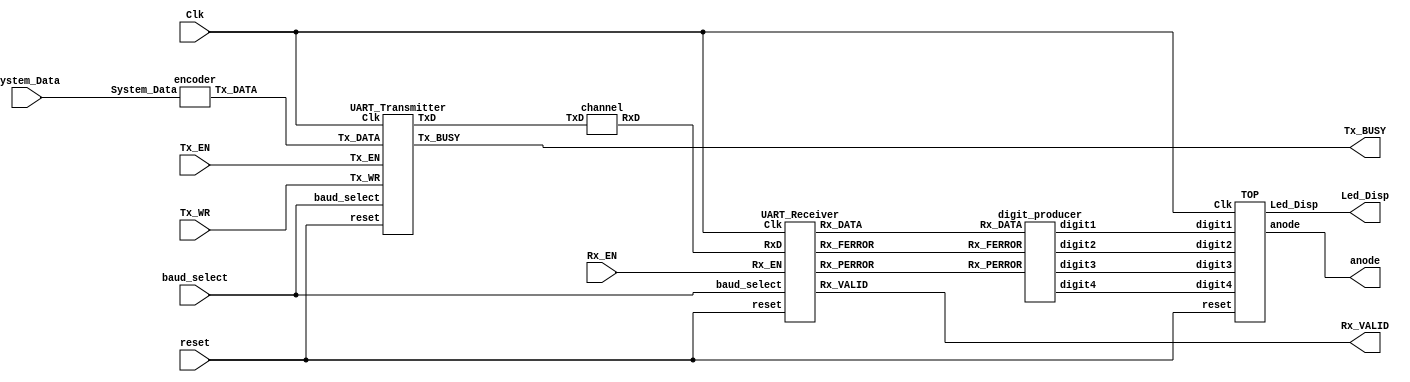
`timescale 1ns/1ps

module UART_Segment7(
    input Clk,
    input reset,
    input [2:0] baud_select,
    
  	//transmitter side
  	input Tx_WR,
  	input Tx_EN,
  	input [7:0] System_Data,
  
  	//Receiver side
  	input Rx_EN,
  
    //transmitter side
    output wire Tx_BUSY,
  
    //Receiver side

    output wire Rx_VALID,
    
  
  //7 Segment Display side
  
  output wire [6:0] Led_Disp,
  output wire [3:0] anode

);
  
  
  wire Rx_FERROR;
  wire Rx_PERROR;
  wire [7:0] Rx_DATA;
  wire [3:0] digit1;
  wire [3:0] digit2;
  wire [3:0] digit3;
  wire [3:0] digit4;
  
  wire TxD;
  wire RxD;
  
  wire [7:0] Tx_DATA;
  
  encoder encoder_instance(System_Data , Tx_DATA);
  
  digit_producer digit_producer_instance(Rx_DATA, Rx_FERROR, Rx_PERROR, digit1 , digit2, digit3, digit4);
  
  TOP TOP_instance(digit1, digit2, digit3, digit4, Clk, reset, Led_Disp, anode);
  
  channel channel_instance(TxD, RxD);
  
  UART_Transmitter UART_Transmitter_Instance(Clk, reset, Tx_WR, Tx_EN, Tx_DATA,
                                             baud_select, Tx_BUSY, TxD);
  
  
  
  UART_Receiver tb_uart_receiver_instance(RxD, Rx_EN, baud_select, Clk, reset,
                                         Rx_PERROR, Rx_FERROR,Rx_VALID,Rx_DATA);
  
endmodule





module channel(
  input TxD,
  output reg RxD  = 1
);
  
  
  always @(TxD)
    begin
      RxD <= TxD;
      
    end
  
endmodule



module parity_generator(
  input [7:0] Data ,
  output reg parity_bit = 0
);
  integer i;
  integer ones;
  // When Number of data equal to 1 is odd, parity_bit = 1
  always@(Data)
    begin
      ones = 0; // Keeps track of number of 1s in Data
      for(i=0; i<8; i = i+1)
        begin
          if (Data[i] == 1)
      ones = ones + 1;
        end
     
     
      if(ones % 2 == 1)
        begin
    parity_bit<=1;
        end
   else begin
    parity_bit<=0;
      end
    end
endmodule



module encoder(
  input [7:0] System_Data,
  output reg [7:0] Tx_DATA = 8'bzzzzzzzz
);
  
  reg [3:0] crypt1 = 4'bzzzz;
  reg [3:0] crypt2 = 4'bzzzz;
  reg [7:0] crypt_packet = 8'bzzzzzzzz;
  integer i = 0;
  
  always @(System_Data)
  	begin
      
      for(i = 0; i < 4; i = i + 1)
        begin
          crypt1[i] = System_Data[i];
          crypt2[i] = System_Data[i+4];
        end
      
       crypt1 = crypt1 + 3;
       crypt2 = crypt2 + 3;
      
         for(i = 0; i < 4; i = i + 1)
        	begin
         	 crypt_packet[i] = crypt1[i];
             crypt_packet[i + 4] = crypt2[i];
        end
      
      Tx_DATA = crypt_packet;
    
  end
    
    
endmodule




module Rx_baud_rate_generator(
  input Clk, //50MHz
  input reset,
  input [2:0] baud_select,
  output reg RX_sample_ENABLE = 0
);

integer counter = 0;
integer baud_rate = 0;
integer max_counter = 0;
  
  
  always @ (baud_select)
    begin 
      case (baud_select)
        3'b000 : baud_rate = 300; 
        3'b001 : baud_rate = 1200;
        3'b010 : baud_rate = 4800;
        3'b011 : baud_rate = 9600;
        3'b100 : baud_rate = 19200; 
        3'b101 : baud_rate = 38400;
        3'b110 : baud_rate = 57600;
        3'b111 : baud_rate = 115200;
        default : baud_rate = 0;
      endcase
    end

  
  
  
  always @ (baud_rate)
    begin
      case (baud_rate)
        //(Tsc = 1/16*baud_rate)
        300    : max_counter = 10416; // 166666/16 rounded down
    
        1200   : max_counter = 2604; //41666/16 rounded down
        
        4800   : max_counter = 651; //10416/16 rounded down
  
        9600   : max_counter = 325; //5208/16 rounded down
      
        19200  : max_counter = 162; //2604/16 rounded down
       
        38400  : max_counter = 81; //1302/16 rounded down
      
        57600  : max_counter = 54; // 828/16 rounded down
        
        115200 : max_counter = 27; // 434/16 rounded down
      
        default : max_counter = 0;
      endcase
    end
  
  
  
  
  always @(posedge Clk or negedge reset)
      begin 
        if (reset == 0)
          begin
            counter <= 0;
            RX_sample_ENABLE <= 0;
          end
        else if (counter == max_counter - 1)
          begin
            RX_sample_ENABLE <= 1;
            counter <= 0;
          end
        else if (counter == 0)
          begin
            RX_sample_ENABLE <= 0;
            counter <= counter + 1;
          end
        else
          counter <= counter + 1;
      end
  
  
  
  
  
  endmodule







module Rx_data_extraction(
  
  input [10:0] packet,
  input packet_completion,
  
  output reg original_parity_bit = 0, //The parity bit which was calculated during the transmission.
  output reg [7:0] Data = 0
  
);
  
  integer i = 0;
  always @ (posedge packet_completion) 
    begin
        original_parity_bit <= packet[9];
        for(i = 0 ; i<8 ; i = i + 1)
           begin
             Data[i] = packet[i + 1]; // Data extraction.
           end      
    end
endmodule



module Rx_data_reception(
  input RxD,
  input Rx_EN,
  input RX_sample_ENABLE,
  output reg [10:0] packet = 11'bzzzzzzzzzzz,
  output reg start_bit_sync = 0,
  
  output reg packet_completion = 0 //Updates to 1 when packet is ready.
);
  integer duration_counter = 0; // Duration of the packet transfer.
  
  integer iteration = 0; //Runs through the packet Array.
  integer sync_counter = 1; //Used to check sampling synchronization
  
  
  integer ones = 0;
  integer zeroes = 0;

      always @(posedge RX_sample_ENABLE)
        begin    
                  
          if(RxD != 1 || duration_counter != 0) // Sampling on the arrival of packet
            begin
              
               if(sync_counter == 1)
                begin
                  zeroes = 0;
                  ones = 0;
                end            

              if(RxD == 1) // Responsible for noise tracking.
               begin 
                ones = ones + 1;
               end
              else
                begin
                  zeroes = zeroes + 1;
                end
              

              if (sync_counter == 16) //8
               begin
                 if(zeroes > ones) // Checking the real value of RxD, despite noise.
                   begin
                     packet[iteration] <= 0;
                   end
                 else
                   begin
                     packet[iteration] <= 1;
                   end
                  iteration = iteration + 1;
                  sync_counter = 0; // Sampling will continue after 16 cycles.
               end



             if (iteration == 11)
              begin
                packet_completion = 1; //Packet has been formed!
                iteration = 0;
                packet_completion = 0;
              end


              if(duration_counter == 16 && RxD ==0) 
                // Ensures that start_bit has arrived!
                begin
                  if (zeroes + ones +15 == duration_counter)
                    // No framing error.
                    begin
                		start_bit_sync <= 1;
                      // At the 8th Rx_sample_Enable beat, the start bit and then 	the whole packet gets sampled.
                    end
                end

              if(duration_counter == 176) 
                // Duration counter will count until the 16th Rx_sample_ENABLE beat  of the 11th bit, which indicates the end of the packet. 
                begin
                  duration_counter = 0;

                  // Resets, in order to start counting for the next packet.

                  start_bit_sync = 0 ;
                  // Resets to zero until the next packet comes. 
                  
                  zeroes = 0; //Reset value for the arrival of the next packet.
                  ones = 0;
                end


              sync_counter = sync_counter +1;
              duration_counter = duration_counter + 1;
            end
        end
   
    
endmodule





module Rx_framing_control(
	input start_bit_sync,
  	output reg Rx_FERROR = 0
);
  
  always @(start_bit_sync)
    begin
      if(start_bit_sync == 1)
        begin
          Rx_FERROR <= 0; // Synchronization is successful.
        end
    end
  
endmodule




module Rx_parity_comparison(
  input original_parity_bit,
  input parity_bit,
  output reg Rx_PERROR = 0
);
  
  always @ (original_parity_bit or parity_bit)
  begin
    if (original_parity_bit == parity_bit)
    begin
      Rx_PERROR <= 0; // No error.
    end
    
    else Rx_PERROR <=1; // Something went wrong
  end
    
  
endmodule




module Rx_validation_control(
  input Rx_FERROR,
  input Rx_PERROR,
  input [7:0] Data,
  output reg [7:0] Rx_DATA = 8'bzzzzzzzz,
  output reg Rx_VALID = 0 
);
  
  
  always @(Data)
    begin
      if(Rx_FERROR == 0 && Rx_PERROR == 0 && Data!=0)
        begin
          Rx_DATA = Data;
          Rx_VALID = 1;
          #20 Rx_VALID = 0;
        end
      
      else
        begin
          Rx_VALID = 0;
        end
    end
  
endmodule


module Tx_baud_rate_generator(
  input Clk, //50MHz
  input reset,
  input [2:0] baud_select,
  output reg TX_sample_ENABLE = 0
);

integer counter = 0;

always @ (posedge Clk or negedge reset)
    begin
      TX_sample_ENABLE <= 0;
     
      if (!reset)
        counter = 0 ;
     
      else
        begin
        case (baud_select)    
          3'b000:
            if (counter == 166666)
              begin
                  TX_sample_ENABLE <= 1;
                  counter = 0;
              end
            else begin
              counter = counter + 1;
            end

          3'b001:
            if (counter == 41666)
              begin
                TX_sample_ENABLE <= 1;
                counter = 0;
              end
            else begin
              counter = counter + 1;
            end
          3'b010:
            if (counter == 10416)
              begin
                TX_sample_ENABLE <= 1;
                counter = 0;
              end
            else begin
              counter = counter + 1;
            end

          3'b011:
            if (counter == 5208)
              begin
                TX_sample_ENABLE <= 1;
                counter <= 0;
              end
            else begin
              counter = counter + 1;
            end

          3'b100:
            if (counter == 2604)
              begin
                TX_sample_ENABLE <= 1;
                counter = 0;
              end
            else begin
              counter = counter + 1;
            end

            3'b101:
              if (counter == 1302)
                 begin
                TX_sample_ENABLE <= 1;
                  counter = 0;
                 end
              else begin
                counter = counter + 1;
              end

          3'b110:
            if (counter == 868)
              begin
                TX_sample_ENABLE <= 1;
                counter = 0;
              end
            else begin
              counter = counter + 1;
            end
         
          3'b111:
            if (counter == 434)
              begin
                TX_sample_ENABLE <= 1;
                counter = 0;
              end
            else begin
              counter = counter + 1;
            end
        endcase
        end
    end
 
 
  endmodule





module Tx_data_reception(
  input Tx_EN,
  input Tx_WR,
  input [7:0] Tx_DATA,
  output reg [7:0] Data = 0
);
 
 
  always@(Tx_WR)
    begin
      if (Tx_EN == 1 && Tx_WR == 1)
        begin
         Data <= Tx_DATA;
      end
    end
 
endmodule



module Tx_packet_creator(
  input parity_bit,
  input [7:0] Data,
  output reg [10:0] packet = 0
);
 
  integer i;
  always@(Data or parity_bit)
    begin
      packet = 0; // Fill the packet with zeroes
      packet[0] <= 0; // Start bit
     
      for(i=0; i<8 ; i=i+1)
        packet[i+1] <= Data[i]; // Insert data
     
      packet[9] = parity_bit; // Parity bit
      packet[10] = 1; // Stop bit

    end
 
endmodule




module Tx_transmission(
  input [10:0]packet,
  input TX_sample_ENABLE,
  output reg TxD = 1'bz,
  output reg Tx_BUSY = 0
);
 
  integer counter = 0;
  //integer counter = 10;
  always@(posedge TX_sample_ENABLE)
    begin
      if (packet != 0) // Packet has arrived
        begin
        if(TX_sample_ENABLE == 1)
          begin
          TxD <= packet[counter];
          end

          if(counter == 10)
          begin
          counter = 0;
          Tx_BUSY <= 0;
          end
           
        else
          begin
          counter = counter + 1;
          Tx_BUSY <= 1;
          end
        end
    end
endmodule




module UART_Receiver(
  input RxD,
  input Rx_EN,
  input [2:0] baud_select,
  input Clk,
  input reset,
  output wire Rx_PERROR,
  output wire Rx_FERROR, 
  output wire Rx_VALID,
  output wire [7:0] Rx_DATA
  
);
  
  wire Rx_Sample_ENABLE;
  wire [10:0] packet;
  wire start_bit_sync;
  wire original_parity_bit;
  wire [7:0] Data;
  wire parity_bit;
  
  wire packet_completion;
  
  Rx_baud_rate_generator Rx_baud_rate_generator_instance(Clk, reset, baud_select, Rx_Sample_ENABLE);
  
  Rx_data_reception Rx_data_reception_instance(RxD, Rx_EN, Rx_Sample_ENABLE, packet, start_bit_sync, packet_completion);
  
  Rx_data_extraction Rx_data_extraction_instance(packet,packet_completion, original_parity_bit, Data);
  
  parity_generator Rx_parity_generator_instance(Data, parity_bit);
  
  Rx_parity_comparison Rx_parity_comparison_instance(original_parity_bit, parity_bit, Rx_PERROR);
  
  Rx_framing_control Rx_framing_control_instance(start_bit_sync, Rx_FERROR);
  
  Rx_validation_control Rx_validation_control_instance(Rx_FERROR, Rx_PERROR, Data, Rx_DATA, Rx_VALID);
  
endmodule


module UART_Transmitter(
input Clk,
  input reset,
  input Tx_WR,
  input Tx_EN,
    input [7:0] Tx_DATA,
    input [2:0] baud_select,
output wire Tx_BUSY,
  output wire TxD
);
 
  wire [7:0] Data;
  wire parity_bit;
  wire [10:0] packet;
  wire Tx_Sample_ENABLE;
 
  Tx_baud_rate_generator Tx_baud_rate_generator_instance(Clk, reset, baud_select, Tx_Sample_ENABLE);
  Tx_data_reception Tx_data_reception_instance(Tx_EN, Tx_WR, Tx_DATA, Data);
  parity_generator Tx_parity_generator_instance(Data, parity_bit);
  Tx_packet_creator Tx_packet_creator_instance(parity_bit, Data, packet);
  Tx_transmission Tx_transmission_instance(packet, Tx_Sample_ENABLE, TxD, Tx_BUSY);
 
endmodule



// counter based
module clock_divider(
  input Clk , //50MHz
  input reset,
  output reg [3:0] anode,
  output reg [3:0] anode2
);
  

  reg [3:0 ]counter = 4'b1100;

  always @ (posedge Clk or negedge reset)
    begin 
      if (!reset)
        counter <= 4'b1100 ;
      else
        if (counter == 16)
          counter <= 0;
      else counter <= counter + 1;
    end
  
 
  always @ (counter)
    	begin
          case(counter)
          4'b0001 : anode = 4'b0111;  
          4'b0101 : anode = 4'b1011;
          4'b1001 : anode = 4'b1101;     
          4'b1101 : anode = 4'b1110; 
          
          default: anode = 4'b1111;
          endcase
          
        
          case(counter)
          4'b1111 : anode2 = 4'b0111;
          4'b0011 : anode2 = 4'b1011;
          4'b0111 : anode2 = 4'b1101;
          4'b1011 : anode2 = 4'b1110;
            
            
          default: anode2 = 4'b1111;
                 
          endcase 
          
   
        end
          
endmodule

//Verilog module.
module segment7(
     input [3:0] bcd,
  output reg [6:0] seg =0
    );
  
  reg [3:0] decrypt = 4'bzzzz;
     
//always block for converting bcd digit into 7 segment format
  always @(bcd)
    begin
     decrypt = bcd - 3;
      case (decrypt) //case statement
            0 : seg = 7'b0000001;
            1 : seg = 7'b1001111;
            2 : seg = 7'b0010010;
            3 : seg = 7'b0000110;
            4 : seg = 7'b1001100;
            5 : seg = 7'b0100100;
            6 : seg = 7'b0100000;
            7 : seg = 7'b0001111;
            8 : seg = 7'b0000000;
            9 : seg = 7'b0000100;
          	10: seg = 7'b1111110;
          	11: seg = 7'b0111000;
            //switch off 7 segment character when the bcd digit is not a decimal number.
            default : seg = 7'b1111111;
        endcase
    end
    
endmodule

module digit_producer(
  input [7:0] Rx_DATA,
  input Rx_FERROR,
  input Rx_PERROR,
  output reg [3:0] digit1,
  output reg [3:0] digit2,
  output reg [3:0] digit3,
  output reg [3:0] digit4
);
  
  integer rx_data_counter = -1; // Rx_DATA arrival counter
  integer error_counter = 0;   // Error counter
  integer i = 0;
  integer completion = 0; // All is set.
  
  reg [3:0] sub1 = 4'bzzzz; //Assistance variables
  reg [3:0] sub2 = 4'bzzzz;
  reg [3:0] sub3 = 4'bzzzz;
  reg [3:0] sub4 = 4'bzzzz;
  
  always@(Rx_DATA)
  	begin
      
      if(rx_data_counter == 0) // Arrival of first packet
        begin
          if(Rx_PERROR == 0 && Rx_FERROR == 0) // No errors.
            begin
              for(i=0;i<4;i=i+1)
                begin
                  sub1[i]<=Rx_DATA[i];
                  sub2[i]<=Rx_DATA[i+4];
                end
            end
        end
      
      else if(rx_data_counter == 1) //Arrival of second packet.
        begin
          if(Rx_PERROR == 0 && Rx_FERROR == 0) // no errors.
            begin
                i = 0;
		    for(i=0;i<4;i=i+1)
                begin
                  sub3[i]=Rx_DATA[i];
                  sub4[i]=Rx_DATA[i+4];
                end
		  rx_data_counter =-1;
              completion = 1;
            end
        end
      
      if(Rx_PERROR == 1 || Rx_FERROR == 1) // Checks if errors occured!
        begin
          error_counter = 1;
        end
      
      if(error_counter ==1 && rx_data_counter == 1) //Display F
        begin
                  digit1<=1011; //F
                  digit2<=1011; //F
                  digit3<=1011; //F
                  digit4<=1011; //F
                  
                  error_counter=0;
                  rx_data_counter= -1;
                  completion =0;
            end
      
      if(completion ==1) //Display the full information
        begin
          digit2<= sub1;
          digit1<= sub2;
          digit4<= sub3;
          digit3<= sub4;
          
          completion = 0;
        end
      rx_data_counter = rx_data_counter + 1;
    end
  
  
endmodule



module TOP(
  input [3:0] digit1,
  input [3:0] digit2,
  input [3:0] digit3,
  input [3:0] digit4,
  input Clk,
  input reset,
  output wire [6:0] Led_Disp,
  output wire [3:0] anode
);
  
  wire [3:0]anode2; 
  wire [3:0] ONE_DIGIT;
  clock_divider C_D(Clk, reset, anode, anode2);
  bcd_control bcdc(digit1, digit2, digit3, digit4, anode2, ONE_DIGIT);
  segment7 decoder(ONE_DIGIT,Led_Disp);
  
  
endmodule


module bcd_control(
  input [3:0] digit1, //right digit
  input [3:0] digit2, // tens
  input [3:0] digit3, // hundreds
  input [3:0] digit4, // thousands
  input [3:0] anode2,
  output reg[3:0] ONE_DIGIT = 0 // choose which digit is to be displayed
);
  
  
  always @ (anode2)
  begin
    case(anode2)
	  4'b0111:
		  ONE_DIGIT = digit1; //digit 1 value (right digit)
	  4'b1011:
		  ONE_DIGIT = digit2; // digit 2 value
	  4'b1101:
		  ONE_DIGIT = digit3; // digit 3 value
	  4'b1110:
		  ONE_DIGIT = digit4; // digit 4 value (left digit)
	endcase
  end
  
endmodule